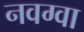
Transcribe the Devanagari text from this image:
नवग्वा